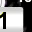
Digit: 1